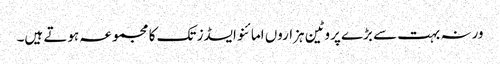
ورنہ بہت سے بڑے پروٹین ہزاروں امائنو ایسڈز تک کا مجموعہ ہوتے ہیں۔